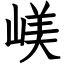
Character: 嵄